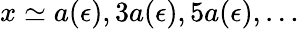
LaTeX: x\simeq a(\epsilon),3a(\epsilon),5a(\epsilon),\ldots